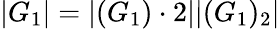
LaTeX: |G_{1}|=|(G_{1})\cdot 2||(G_{1})_{2}|